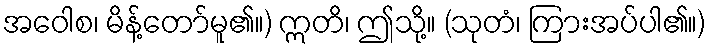
အဝေါစ၊ မိန့်တော်မူ၏။) ဣတိ၊ ဤသို့။ (သုတံ၊ ကြားအပ်ပါ၏။)